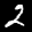
Label: 2